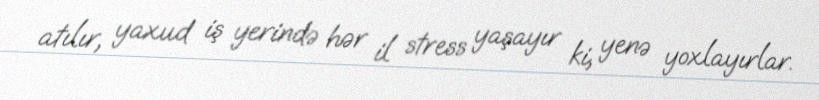
atılır, yaxud iş yerində hər il stress yaşayır ki, yenə yoxlayırlar.